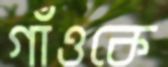
গাঁওকে